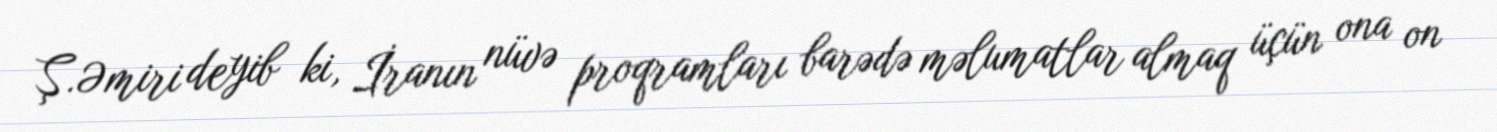
Ş.Əmiri deyib ki, İranın nüvə proqramları barədə məlumatlar almaq üçün ona on